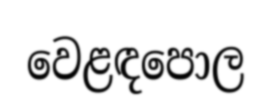
වෙළඳපොල